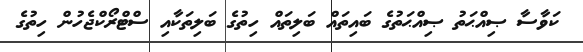
ކަވާސާ ޞިއްޙަތު ޞިއްޙަތުގެ ބައިތައް ބަލިތައް ހިތުގެ ބަލިތަކާއި ސްޓްރޯކްޖެހުން ހިތުގެ